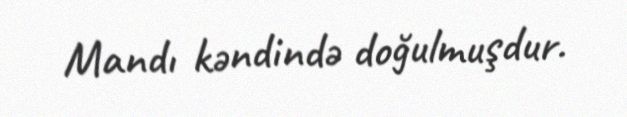
Mandı kəndində doğulmuşdur.